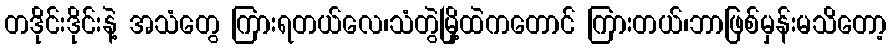
တဒိုင်းဒိုင်းနဲ့ အသံတွေ ကြားရတယ်လေ၊သံတွဲမြို့ထဲကတောင် ကြားတယ်၊ဘာဖြစ်မှန်းမသိတော့